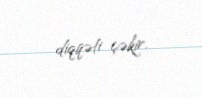
diqqəti çəkir.